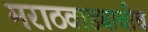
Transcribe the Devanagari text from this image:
मराठवाड्याचीच